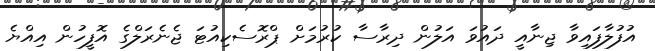
އުފުލާފައިވާ ޖިނާއީ ދައުވަ އަލުން ދިރާސާ ކުރުމަށް ޕްރޮސެކިއުޓަ ޖެނެރަލްގެ އޮފީހުން އިއްޔެ